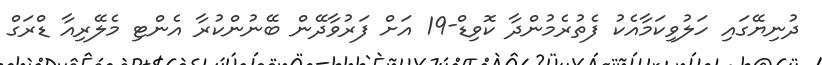
ދުނިޔޭގައި ހަލުވިކަމާއެކު ފެތުރެމުންދާ ކޮވިޑް-19 އަށް ފަރުވާދޭން ބޭނުންކުރާ އެންޓި މެލޭރިއާ ޑްރަގް